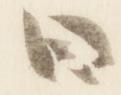
曰